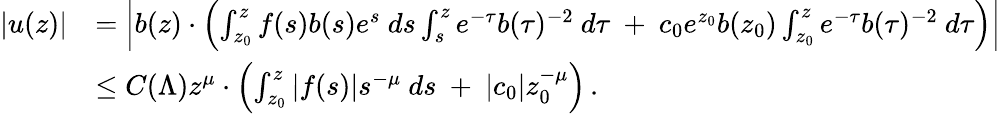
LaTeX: \begin{array}{rl}{|u(z)|}&{=\left|b(z)\cdot\left(\int_{z_{0}}^{z}f(s)b(s)e^{s}\ ds\int_{s}^{z}e^{-\tau}b(\tau)^{-2}\ d\tau\ +\ c_{0}e^{z_{0}}b(z_{0})\int_{z_{0}}^{z}e^{-\tau}b(\tau)^{-2}\ d\tau\right)\right|}\\ &{\leq C(\Lambda)z^{\mu}\cdot\left(\int_{z_{0}}^{z}|f(s)|s^{-\mu}\ ds\ +\ |c_{0}|z_{0}^{-\mu}\right)\, .}\end{array}